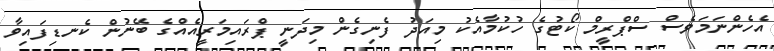
އެހެންނަމަވެސް ސްޕްރީމް ކޯޓުގެ ހުކުމާއެކު މިއަދު ފެނިގެން މިދަނީ ޕްރައިމަރީއެއްގެ ބޭނުން ކެނޑިފައިވާ